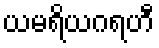
ယမရိယဂရဟီ